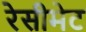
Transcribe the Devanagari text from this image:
रेसीमेट